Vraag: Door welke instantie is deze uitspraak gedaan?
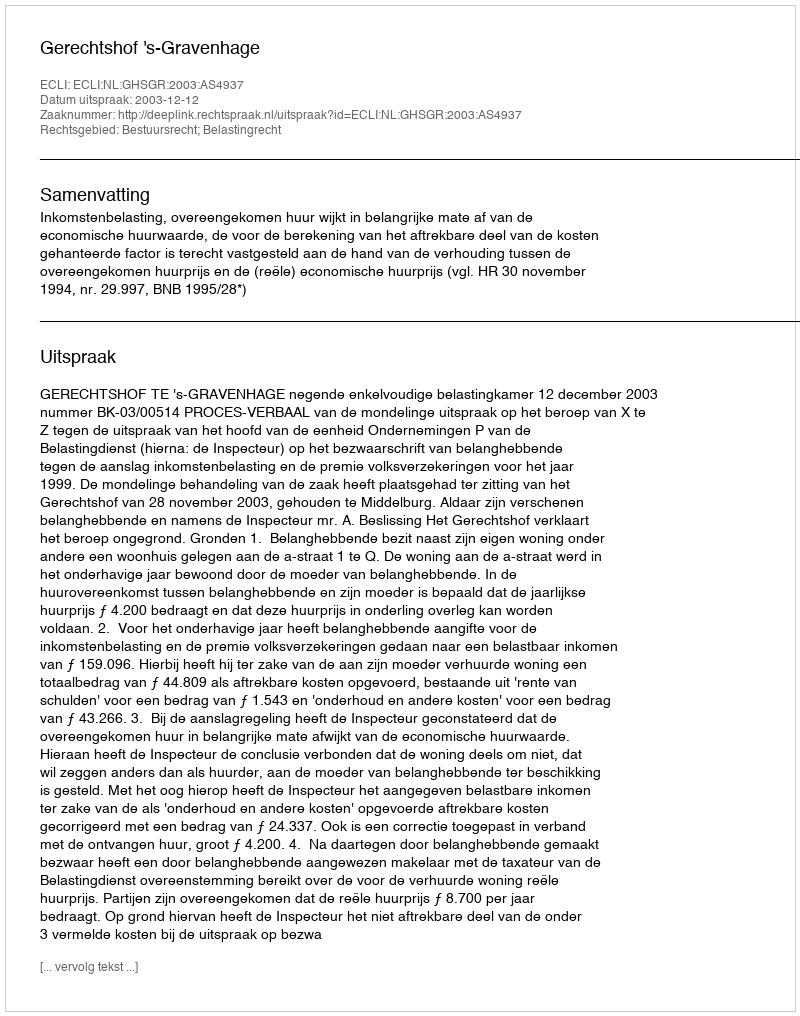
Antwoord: Gerechtshof 's-Gravenhage